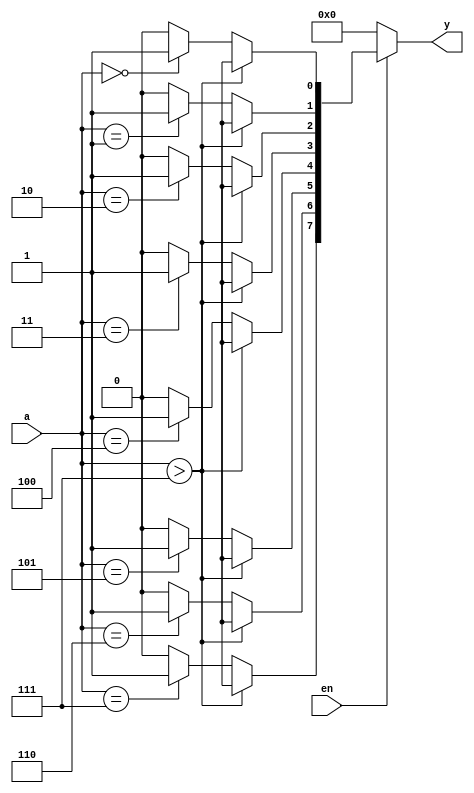
module dec_param(en, a, y);
    parameter in_width = 3, out_width = 8;
    input                  en;
    input  [in_width-1:0]  a;
    output [out_width-1:0] y;
    reg    [out_width-1:0] y;
    integer                n;

    always @(en, a) begin
        if(!en)
            y =0;
        else
            if(a > out_width-1)
                for (n = 0; n <= out_width-1; n = n+1) begin
                    y[n] = 1'bx;
                end
            else
                for (n = 0; n <= out_width-1; n = n+1) begin
                    if(a == n)
                        y[n] = 1'b1;
                    else
                        y[n] = 1'b0;
                end
    end
endmodule